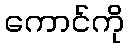
ကောင်ကို